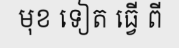
មុខ ទៀត ធ្វើ ពី